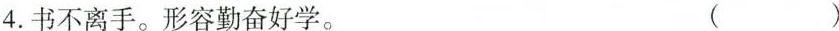
4.书不离手。形容勤奋好学。 ( )